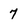
Character: 7